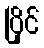
ပြိုင်